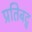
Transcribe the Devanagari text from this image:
प्रतिबद्व